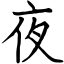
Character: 夜